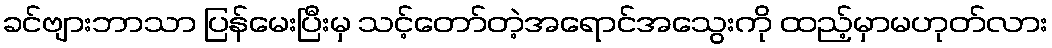
ခင်ဗျားဘာသာ ပြန်မေးပြီးမှ သင့်တော်တဲ့အရောင်အသွေးကို ထည့်မှာမဟုတ်လား